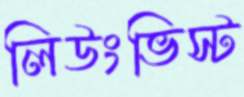
লিউংভিস্ট